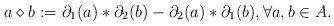
LaTeX: \begin{align*} a \diamond b := \partial_1(a) \ast \partial_2 (b) - \partial_2(a) \ast \partial_1(b), \forall a, b \in A. \end{align*}